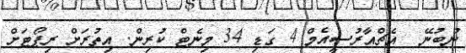
ނުބުނޭ  އެޗްއާރުސީއެމް 4 ގަޑި 34 މިނެޓް ކުރިން. އިތުރަށް ރިޕޯޓަށް